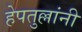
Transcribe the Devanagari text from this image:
हेपतुल्लांनी